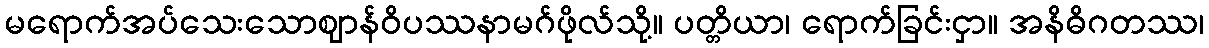
မရောက်အပ်သေးသောဈာန်ဝိပဿနာမဂ်ဖိုလ်သို့။ ပတ္တိယာ၊ ရောက်ခြင်းငှာ။ အနိဓိဂတဿ၊